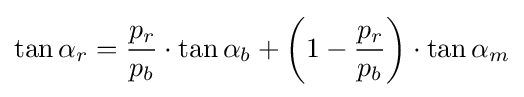
\tan \alpha _{r}={\frac {p_{r}}{p_{b}}}\cdot \tan \alpha _{b}+\left(1-{\frac {p_{r}}{p_{b}}}\right)\cdot \tan \alpha _{m}